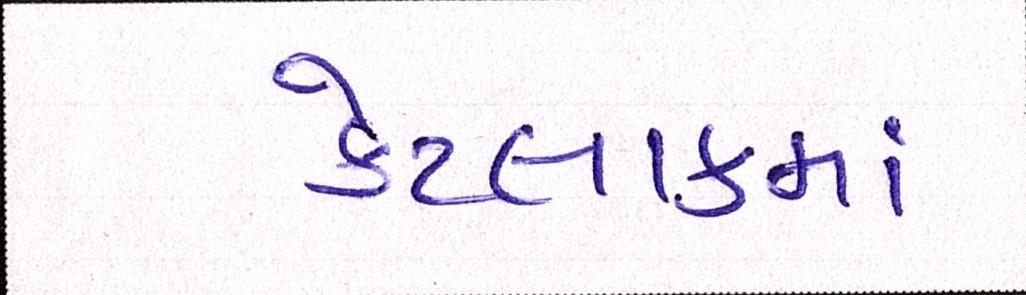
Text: કેટલાકમાં